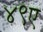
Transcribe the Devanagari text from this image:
४९ए